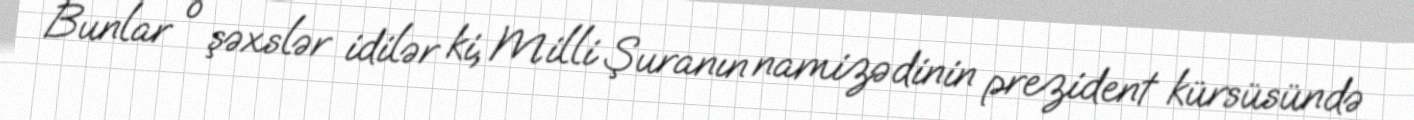
Bunlar o şəxslər idilər ki, Milli Şuranın namizədinin prezident kürsüsündə